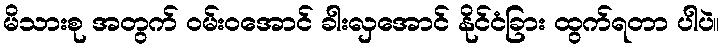
မိသားစု အတွက် ဝမ်းဝအောင် ခါးလှအောင် နိုင်ငံခြား ထွက်ရတာ ပါပဲ။